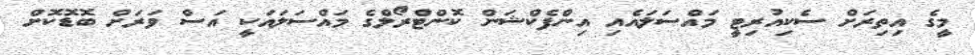
މީގެ އިތިރަށް ސެކިއުރިޓީ މައްސަލައެއި އިންފެކްޝަން ކޮންޓްރޯލްގެ މައްސަލައަކީ އަސް ވަރަށް ބޮޑޮކޮށް